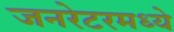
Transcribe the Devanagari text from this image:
जनरेटरमध्ये